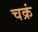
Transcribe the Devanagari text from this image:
चक्रं